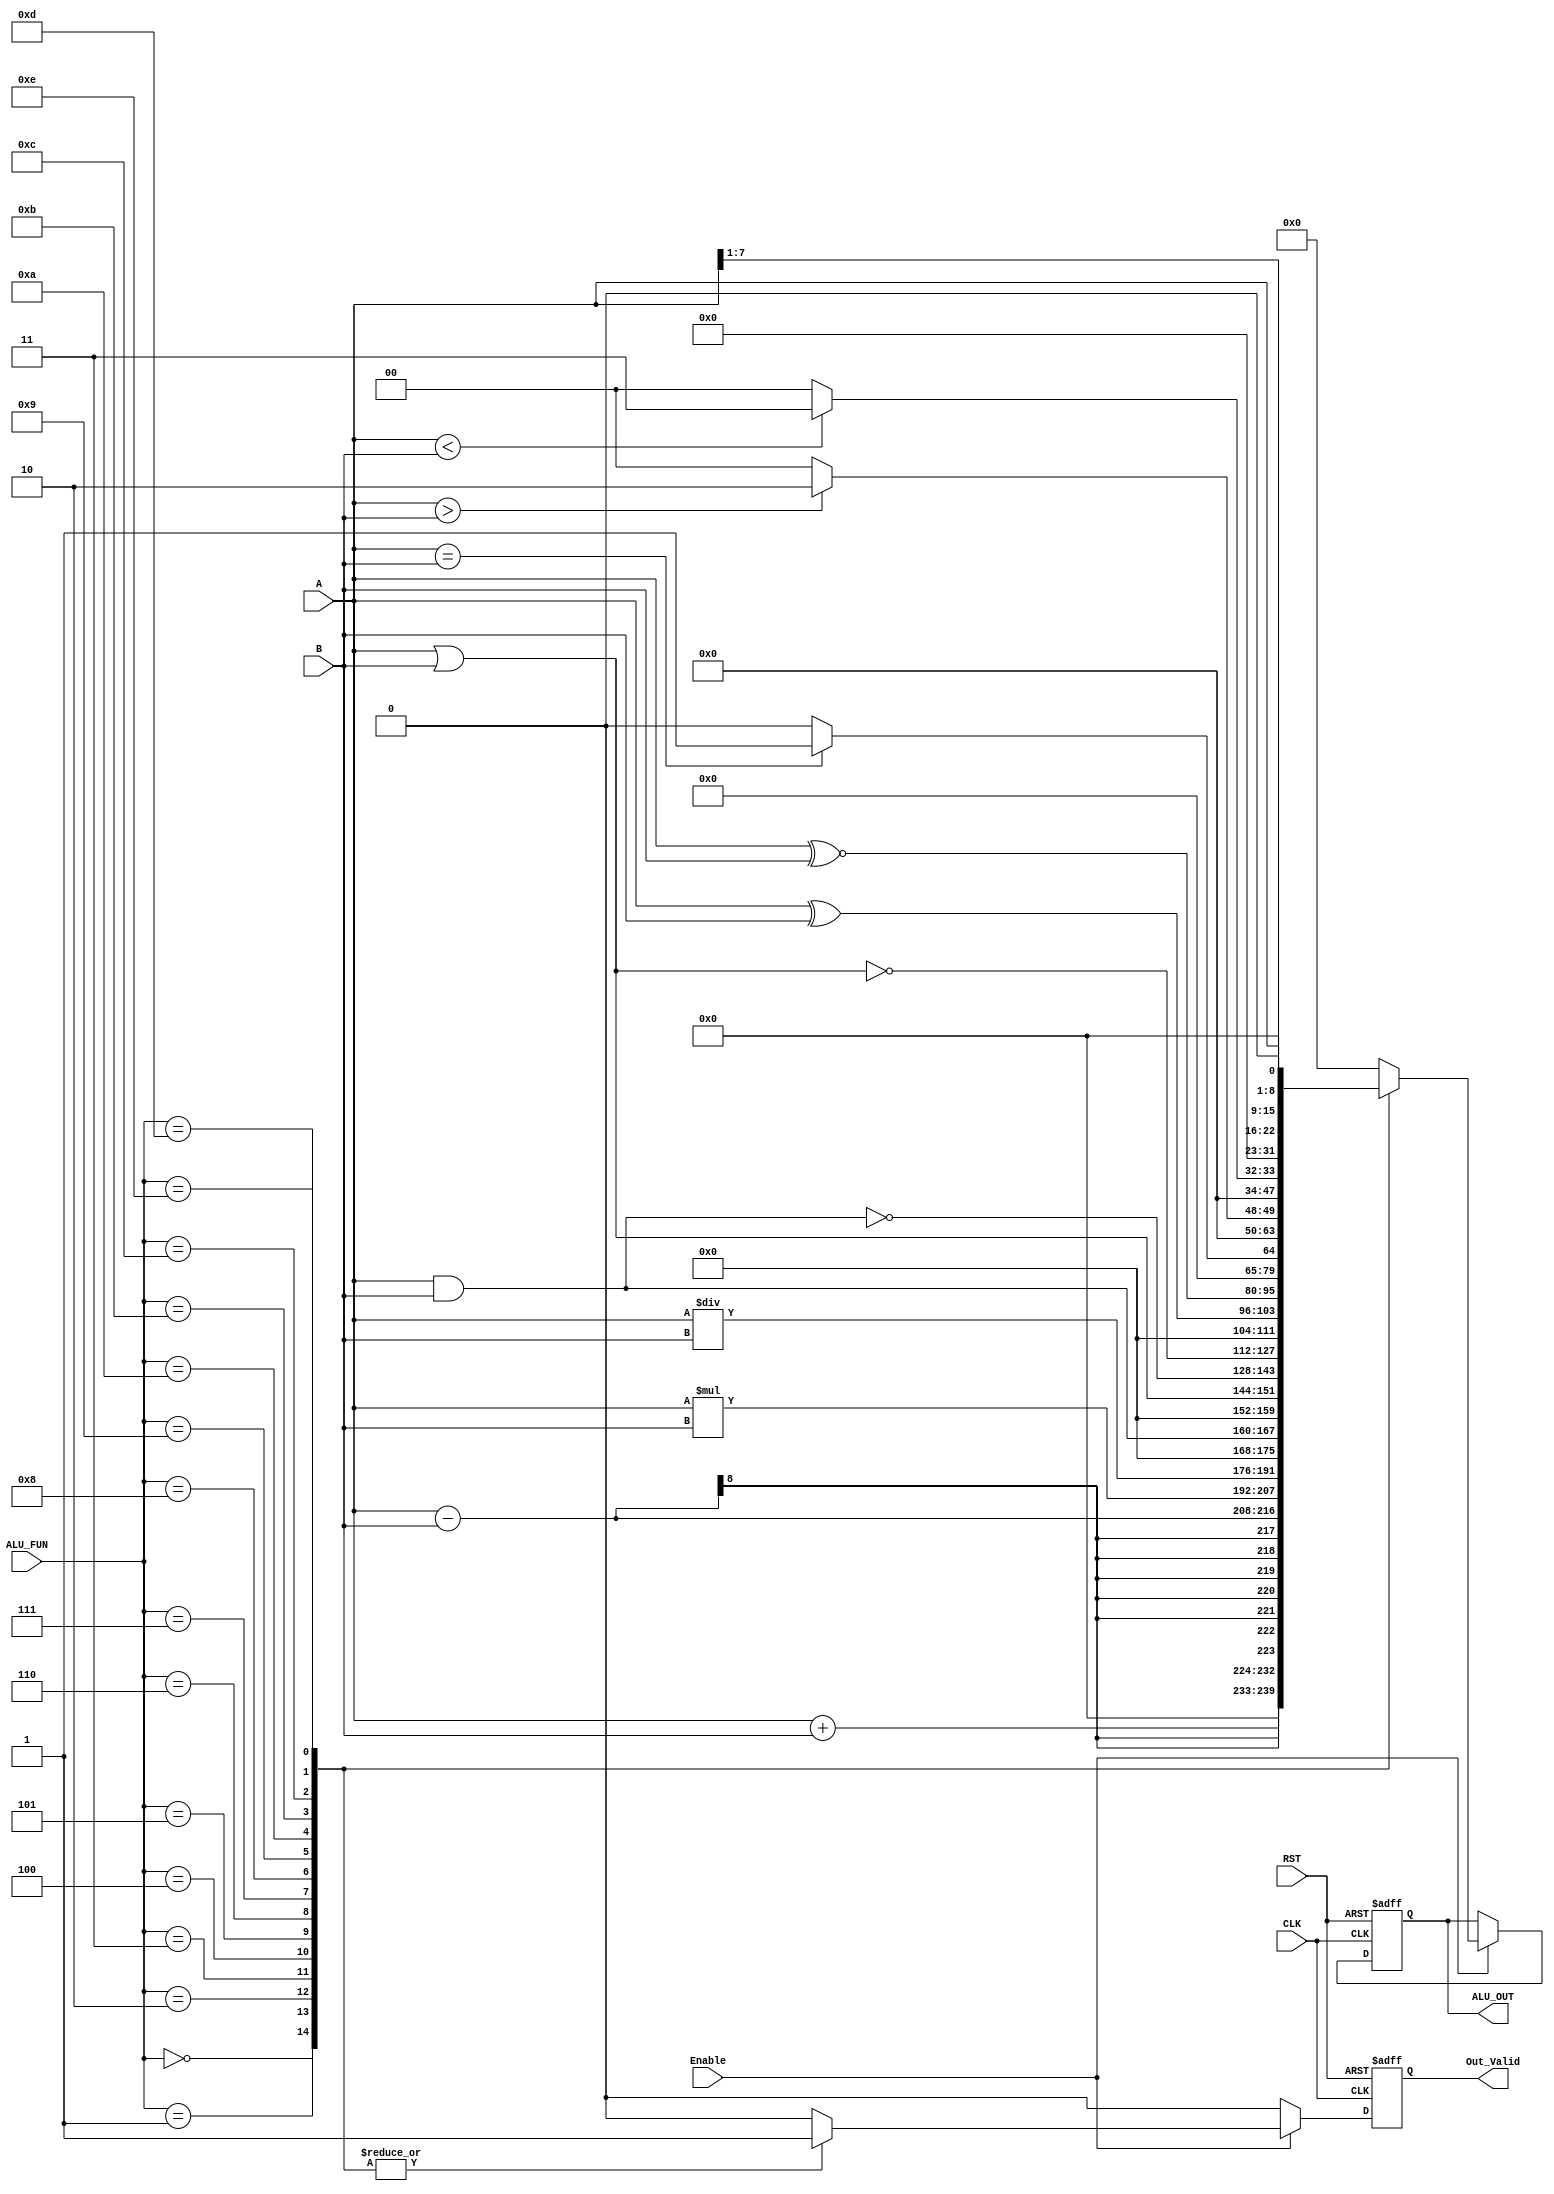
module ALU 
#(
  parameter Data_Width = 8 ,
  parameter ALU_FUNCTION_WIDTH = 4 , 
  parameter output_width = 16 
 )
 (
  input wire 	[Data_Width - 1 : 0] 		A ,		/* Operand A */
  input wire 	[Data_Width - 1 : 0] 		B ,		/* Operand B */
  input wire [ALU_FUNCTION_WIDTH - 1 : 0] ALU_FUN , /* ALU Function */
  input wire        					  CLK , 	/* Clock Signal */
  input wire        					  RST , 	/* RST Signal */
  input wire							  Enable ,  /* ALU Enable */
  output reg [output_width - 1 : 0] ALU_OUT ,		/* ALU Result */
  output reg        Out_Valid 						/* Result Valid */
  );


always@(posedge CLK or negedge RST)
begin
	if(!RST)
	begin
		ALU_OUT <= 0;
        Out_Valid <= 1'b0 ;
	end
	else
	begin
		  if(Enable == 1)
		  begin
		  case(ALU_FUN)
			4'b0000 : begin
						ALU_OUT <= A + B ;
						Out_Valid <= 1'b1 ;
					  end
			4'b0001 : begin
						ALU_OUT <= A - B ;
						Out_Valid <= 1'b1 ;
					  end    
			4'b0010 : begin
						ALU_OUT <= A * B ;
						Out_Valid <= 1'b1 ;
					  end
			4'b0011 : begin
						ALU_OUT <= A / B ;
						Out_Valid <= 1'b1 ;
					  end
			4'b0100 : begin
						ALU_OUT <= A & B ;
						Out_Valid <= 1'b1 ;
					  end
			4'b0101 : begin
						ALU_OUT <= A | B ;
						Out_Valid <= 1'b1 ;
					  end
			4'b0110 : begin
						ALU_OUT <= ~(A & B) ;
						Out_Valid <= 1'b1 ;
					  end
			4'b0111 : begin
						ALU_OUT <= ~( A | B) ;
						Out_Valid <= 1'b1 ;
					  end
			4'b1000 : begin
						ALU_OUT <= A ^ B ;
						Out_Valid <= 1'b1 ;
					  end
			4'b1001 : begin
						ALU_OUT <= A ~^ B ;
						Out_Valid <= 1'b1 ;
					  end
			4'b1010 : begin
						if ( A == B )
						  begin
							ALU_OUT <= 16'b1;
						  end
						else
						  begin
							ALU_OUT <= 16'b0;
						  end 
						Out_Valid <= 1'b1 ;
					  end
			4'b1011 : begin
						if ( A > B )
						  begin
							ALU_OUT <= 16'b10;
						  end
						else
						  begin
							ALU_OUT <= 16'b0;
						  end 
						Out_Valid <= 1'b1 ;
						end
		  
			4'b1100 : begin
						if ( A < B )
						  begin
							ALU_OUT <= 16'b11;
						  end
						else
						  begin
							ALU_OUT <= 16'b0;
						  end 
						Out_Valid <= 1'b1 ;
						end
		  
			4'b1101 : begin
							ALU_OUT <= A >> 1 ;
							Out_Valid <= 1'b1 ;
						end
			4'b1110 : begin
							ALU_OUT <= A << 1 ;
							Out_Valid <= 1'b1 ;
						end
			default : begin
							ALU_OUT <= 16'b0 ;
							Out_Valid <= 1'b0 ;
						end
		  endcase
		  end  
		  else
			Out_Valid <= 1'b0 ;
	end
end
endmodule